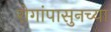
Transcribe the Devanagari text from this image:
रोगांपासुनच्या